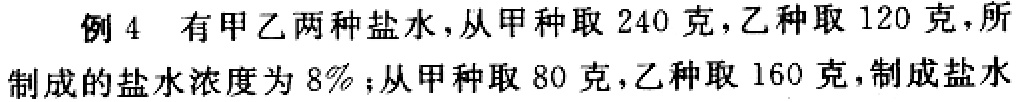
例 4 有甲乙两种盐水，从甲种取 240 克，乙种取 120 克，所制成的盐水浓度为 8%；从甲种取 80 克，乙种取 160 克，制成盐水